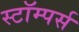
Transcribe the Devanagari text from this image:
स्टॉम्पर्स